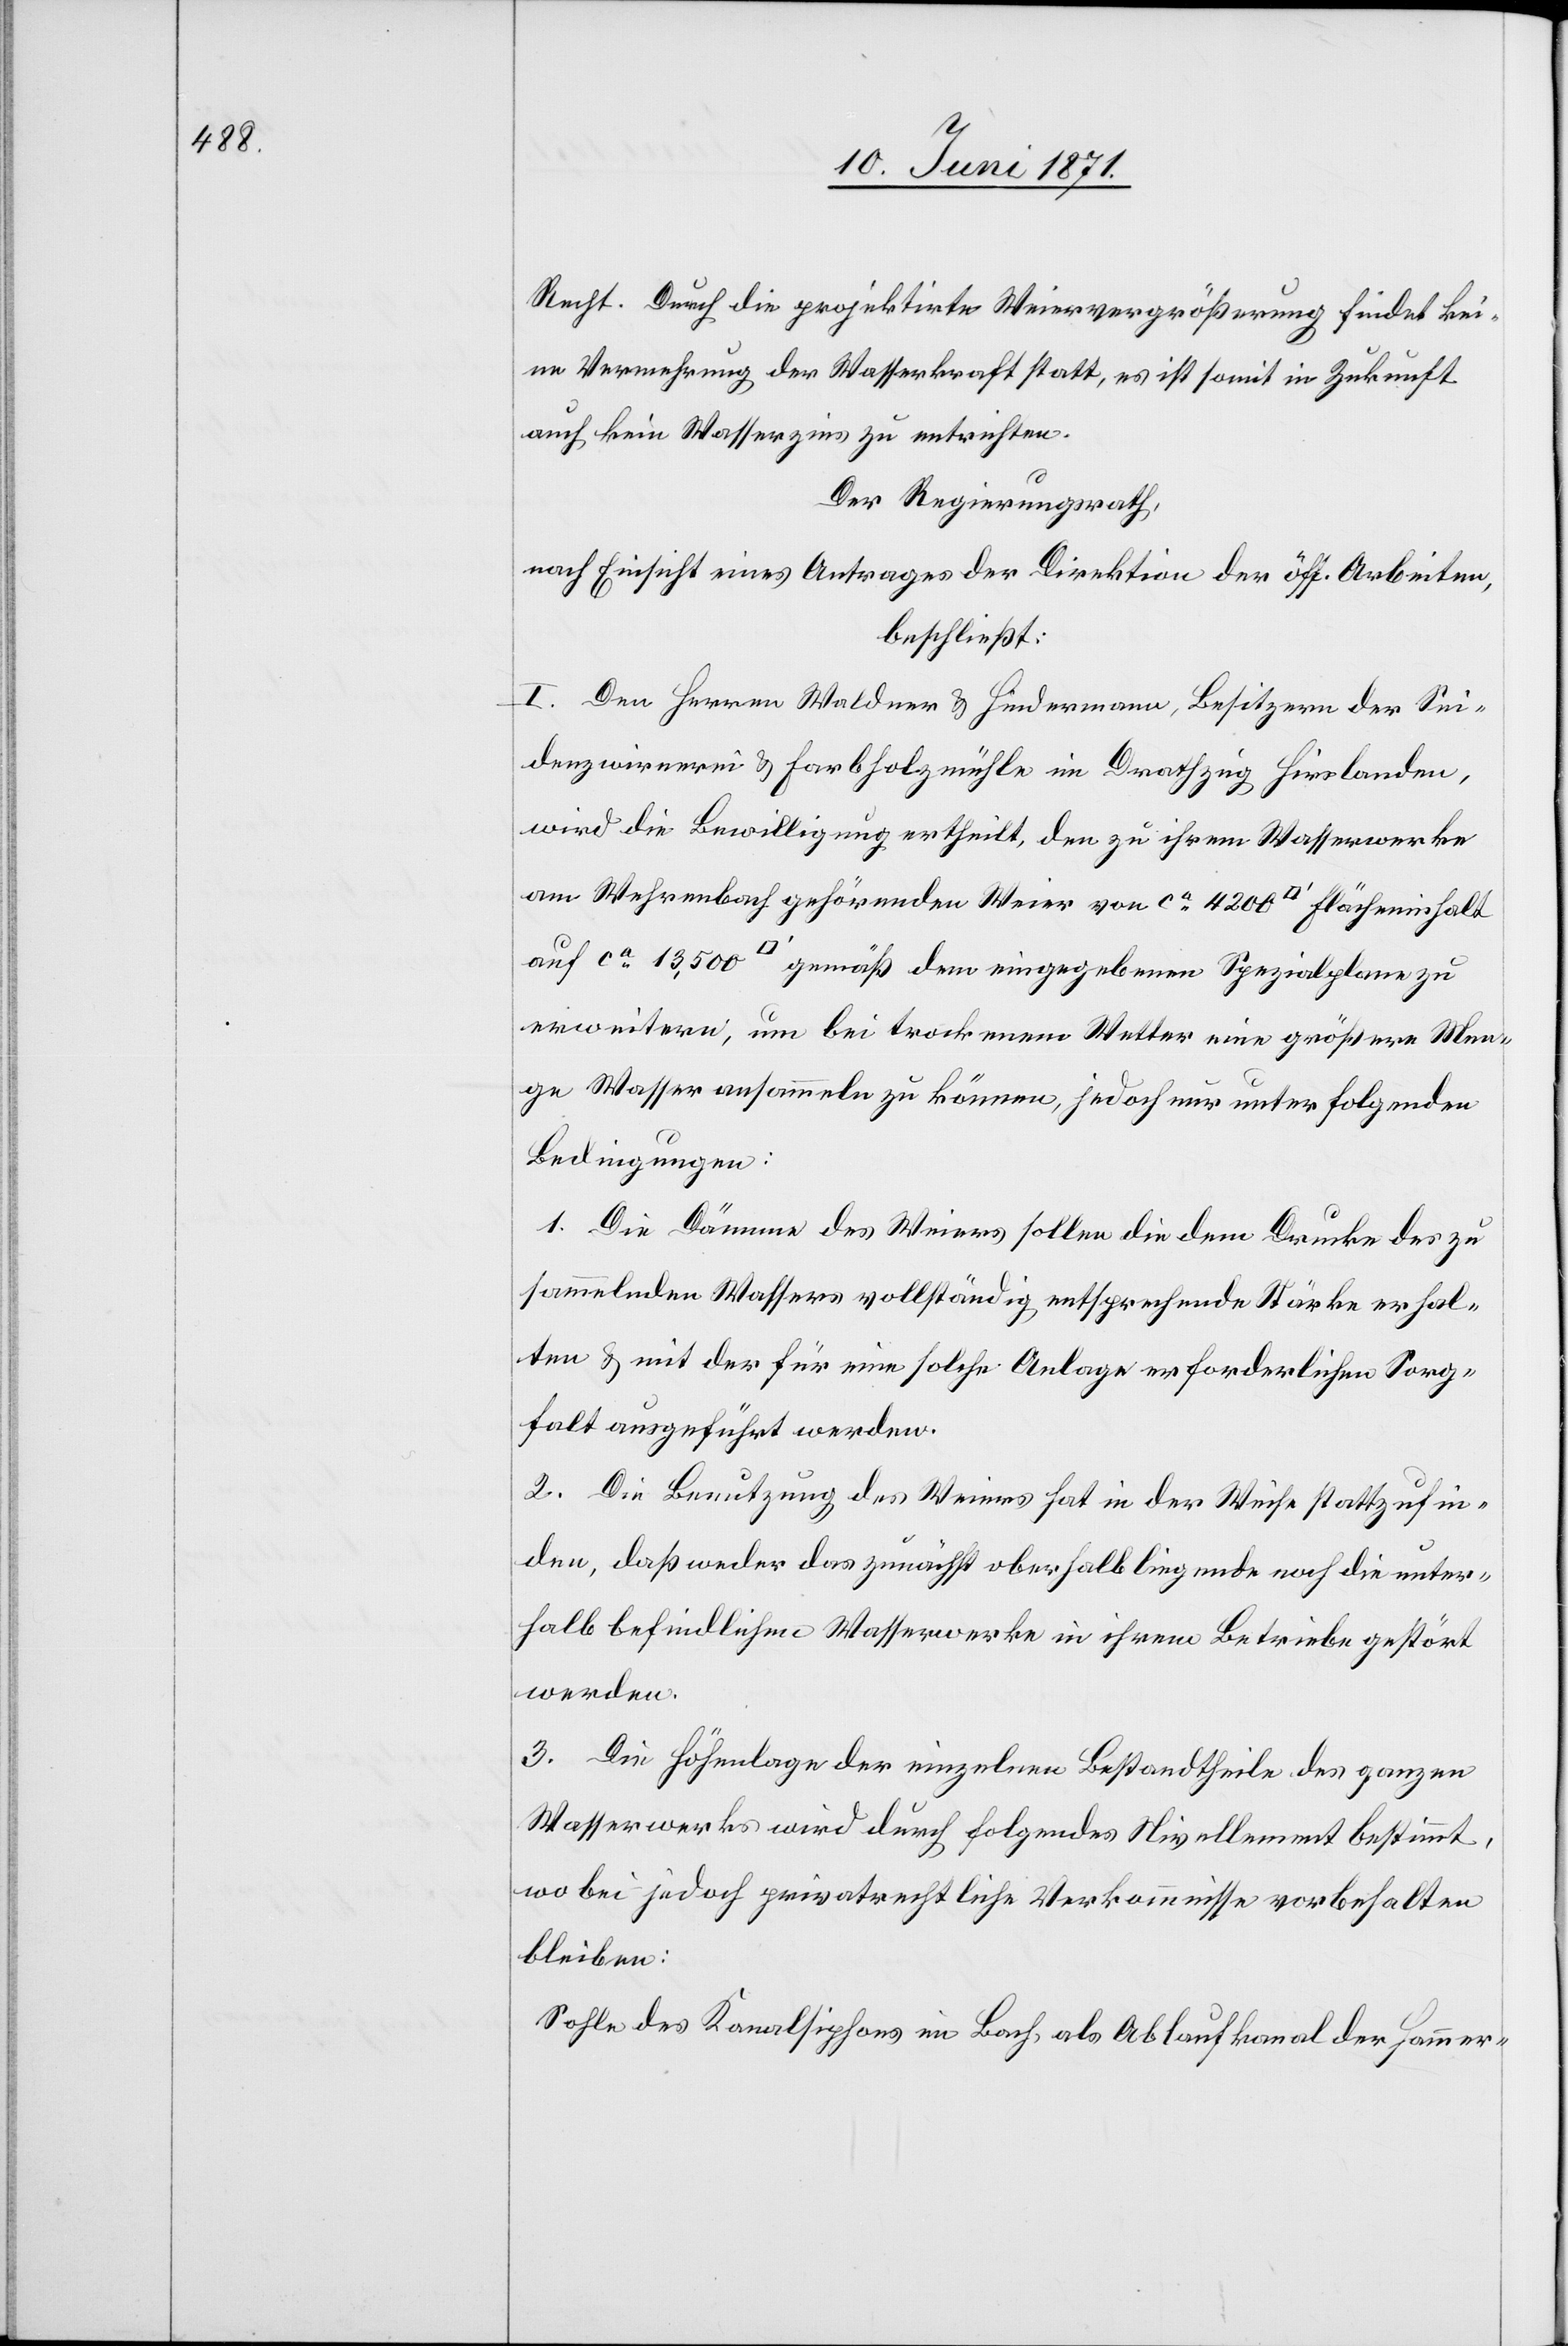
Recht. Durch die projektirte Weiervergrößerung findet kei¬
ne Vermehrung der Wasserkraft statt, es ist somit in Zukunft
auch kein Wasserzins zu entrichten.
Der Regierungsrath,
nach Einsicht eines Antrages der Direktion der öff. Arbeiten,
beschließt:
I. Den Herren Waldner u. Hindermann, Besitzer der Sei¬
denzwirnerei u. Farbholzmühle im Drathzug Hirslanden,
wird die Bewilligung ertheilt, den zu ihrem Wasserwerke
am Wehrenbach gehörenden Weier von ca. 4200 [Quadratfuss] Flächeninhalt
erweitern, um bei trockenem Wetter eine größere Men¬
ge Wasser ansammeln zu können, jedoch nur unter folgenden
Bedingungen:
1. Die Dämme des Weiers sollen die dem Drucke des zu
sammelnden Wassers vollständig entsprechende Stärke erhal¬
ten u. mit der für eine solche Anlage erforderlichen Sorg¬
falt ausgeführt werden.
2. Die Benutzung des Weiers hat in der Weise stattzufin¬
den, daß weder das zunächst oberhalb liegende noch die unter¬
halb befindlichen Wasserwerke in ihrem Betriebe gestört
werden.
3. Die Höhenlage der einzelnen Bestandtheile des ganzen
Wasserwerks wird durch folgendes Nivellement bestimmt,
wo bei jedoch privatrechtliche Verkommnisse vorbehalten
bleiben:
Sohle des Kanalsiphons im Bach, als Ablaufkanal der Hammer-